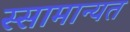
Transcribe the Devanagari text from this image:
स्सामान्यत